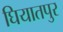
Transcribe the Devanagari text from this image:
घियातपुर